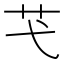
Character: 芅